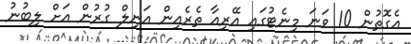
އެގޮތުން 10 ވަނަ މިނެޓުގައި އޭރިއާ ތެރެއިން އަނިލް ގުރުން އަށް ލިބުނު